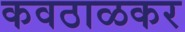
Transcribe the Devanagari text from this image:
कवठाळकर